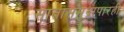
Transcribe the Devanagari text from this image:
सातासमुद्रापारही